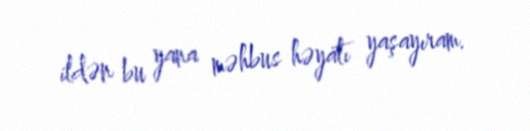
ildən bu yana məhbus həyatı yaşayıram.